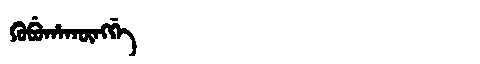
Manchu: ᡴᡠᠪᡠᡥᠠᡴᡡᠩᡤᡝ
Romanization: KUBUHAKŪNGGE